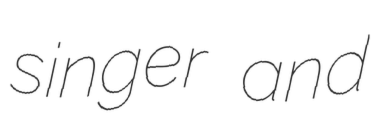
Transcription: singer and